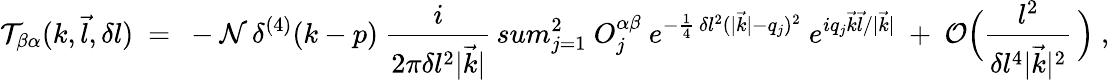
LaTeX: {\cal T}_{\beta\alpha}(k,\vec{l},\delta l)\ =\ -{\cal N}\, \delta^{(4)}(k-p)\ \frac{i}{2\pi\delta l^{2}|\vec{k}|}\, sum_{j=1}^{2}\ O_{j}^{\alpha\beta}\ e^{-\frac{1}{4}\, \delta l^{2}(|\vec{k}|-q_{j})^{2}}\ e^{iq_{j}\vec{k}\vec{l}/|\vec{k}|}\ +\ {\cal O}\Big(\frac{l^{2}}{\delta l^{4}|\vec{k}|^{2}}\, \Big)\ ,